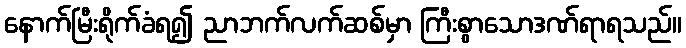
နောက်မြီးရိုက်ခံရ၍ ညာဘက်လက်ဆစ်မှာ ကြီးစွာသောဒဏ်ရာရသည်။